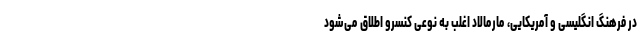
در فرهنگ انگلیسی و آمریکایی، مارمالاد اغلب به نوعی کنسرو اطلاق می‌شود